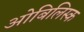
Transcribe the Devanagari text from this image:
ओबिलिस्क